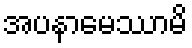
အပနာမေဿာမိ